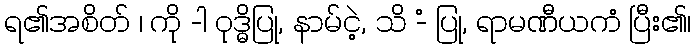
ရ၏အစိတ် ၊ ကို -ါ ဝုဒ္ဓိပြု, နာမ်ငဲ့, သိ -ံ ပြု, ရာမဏီယကံ ပြီး၏၊